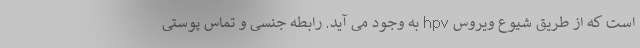
است که از طریق شیوع ویروس hpv به وجود می آید. رابطه جنسی و تماس پوستی